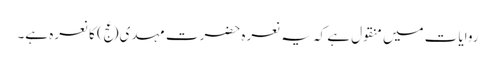
روایات میں منقول ہے کہ یہ نعرہ حضرت مہدی(عج) کا نعرہ ہے۔